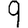
Digit: 9